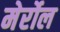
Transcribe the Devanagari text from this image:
मेर्रोल